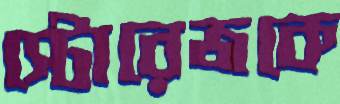
স্টোরেজকে